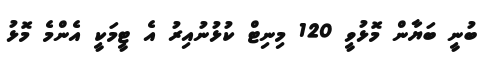
ބުނީ ބަޔާން މޮޅުވީ 120 މިނިޓް ކުޅުނުއިރު އެ ޓީމަކީ އެންމެ މޮޅު